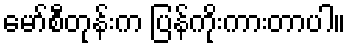
မော်စီတုန်းက ပြန်ကိုးကားတာပါ။